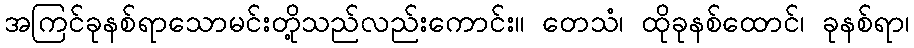
အကြင်ခုနစ်ရာသောမင်းတို့သည်လည်းကောင်း။ တေသံ၊ ထိုခုနစ်ထောင်၊ ခုနစ်ရာ၊